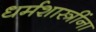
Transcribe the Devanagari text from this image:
धर्मशास्त्रींना